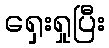
ရှေးရှုပြီး